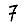
Digit: 7